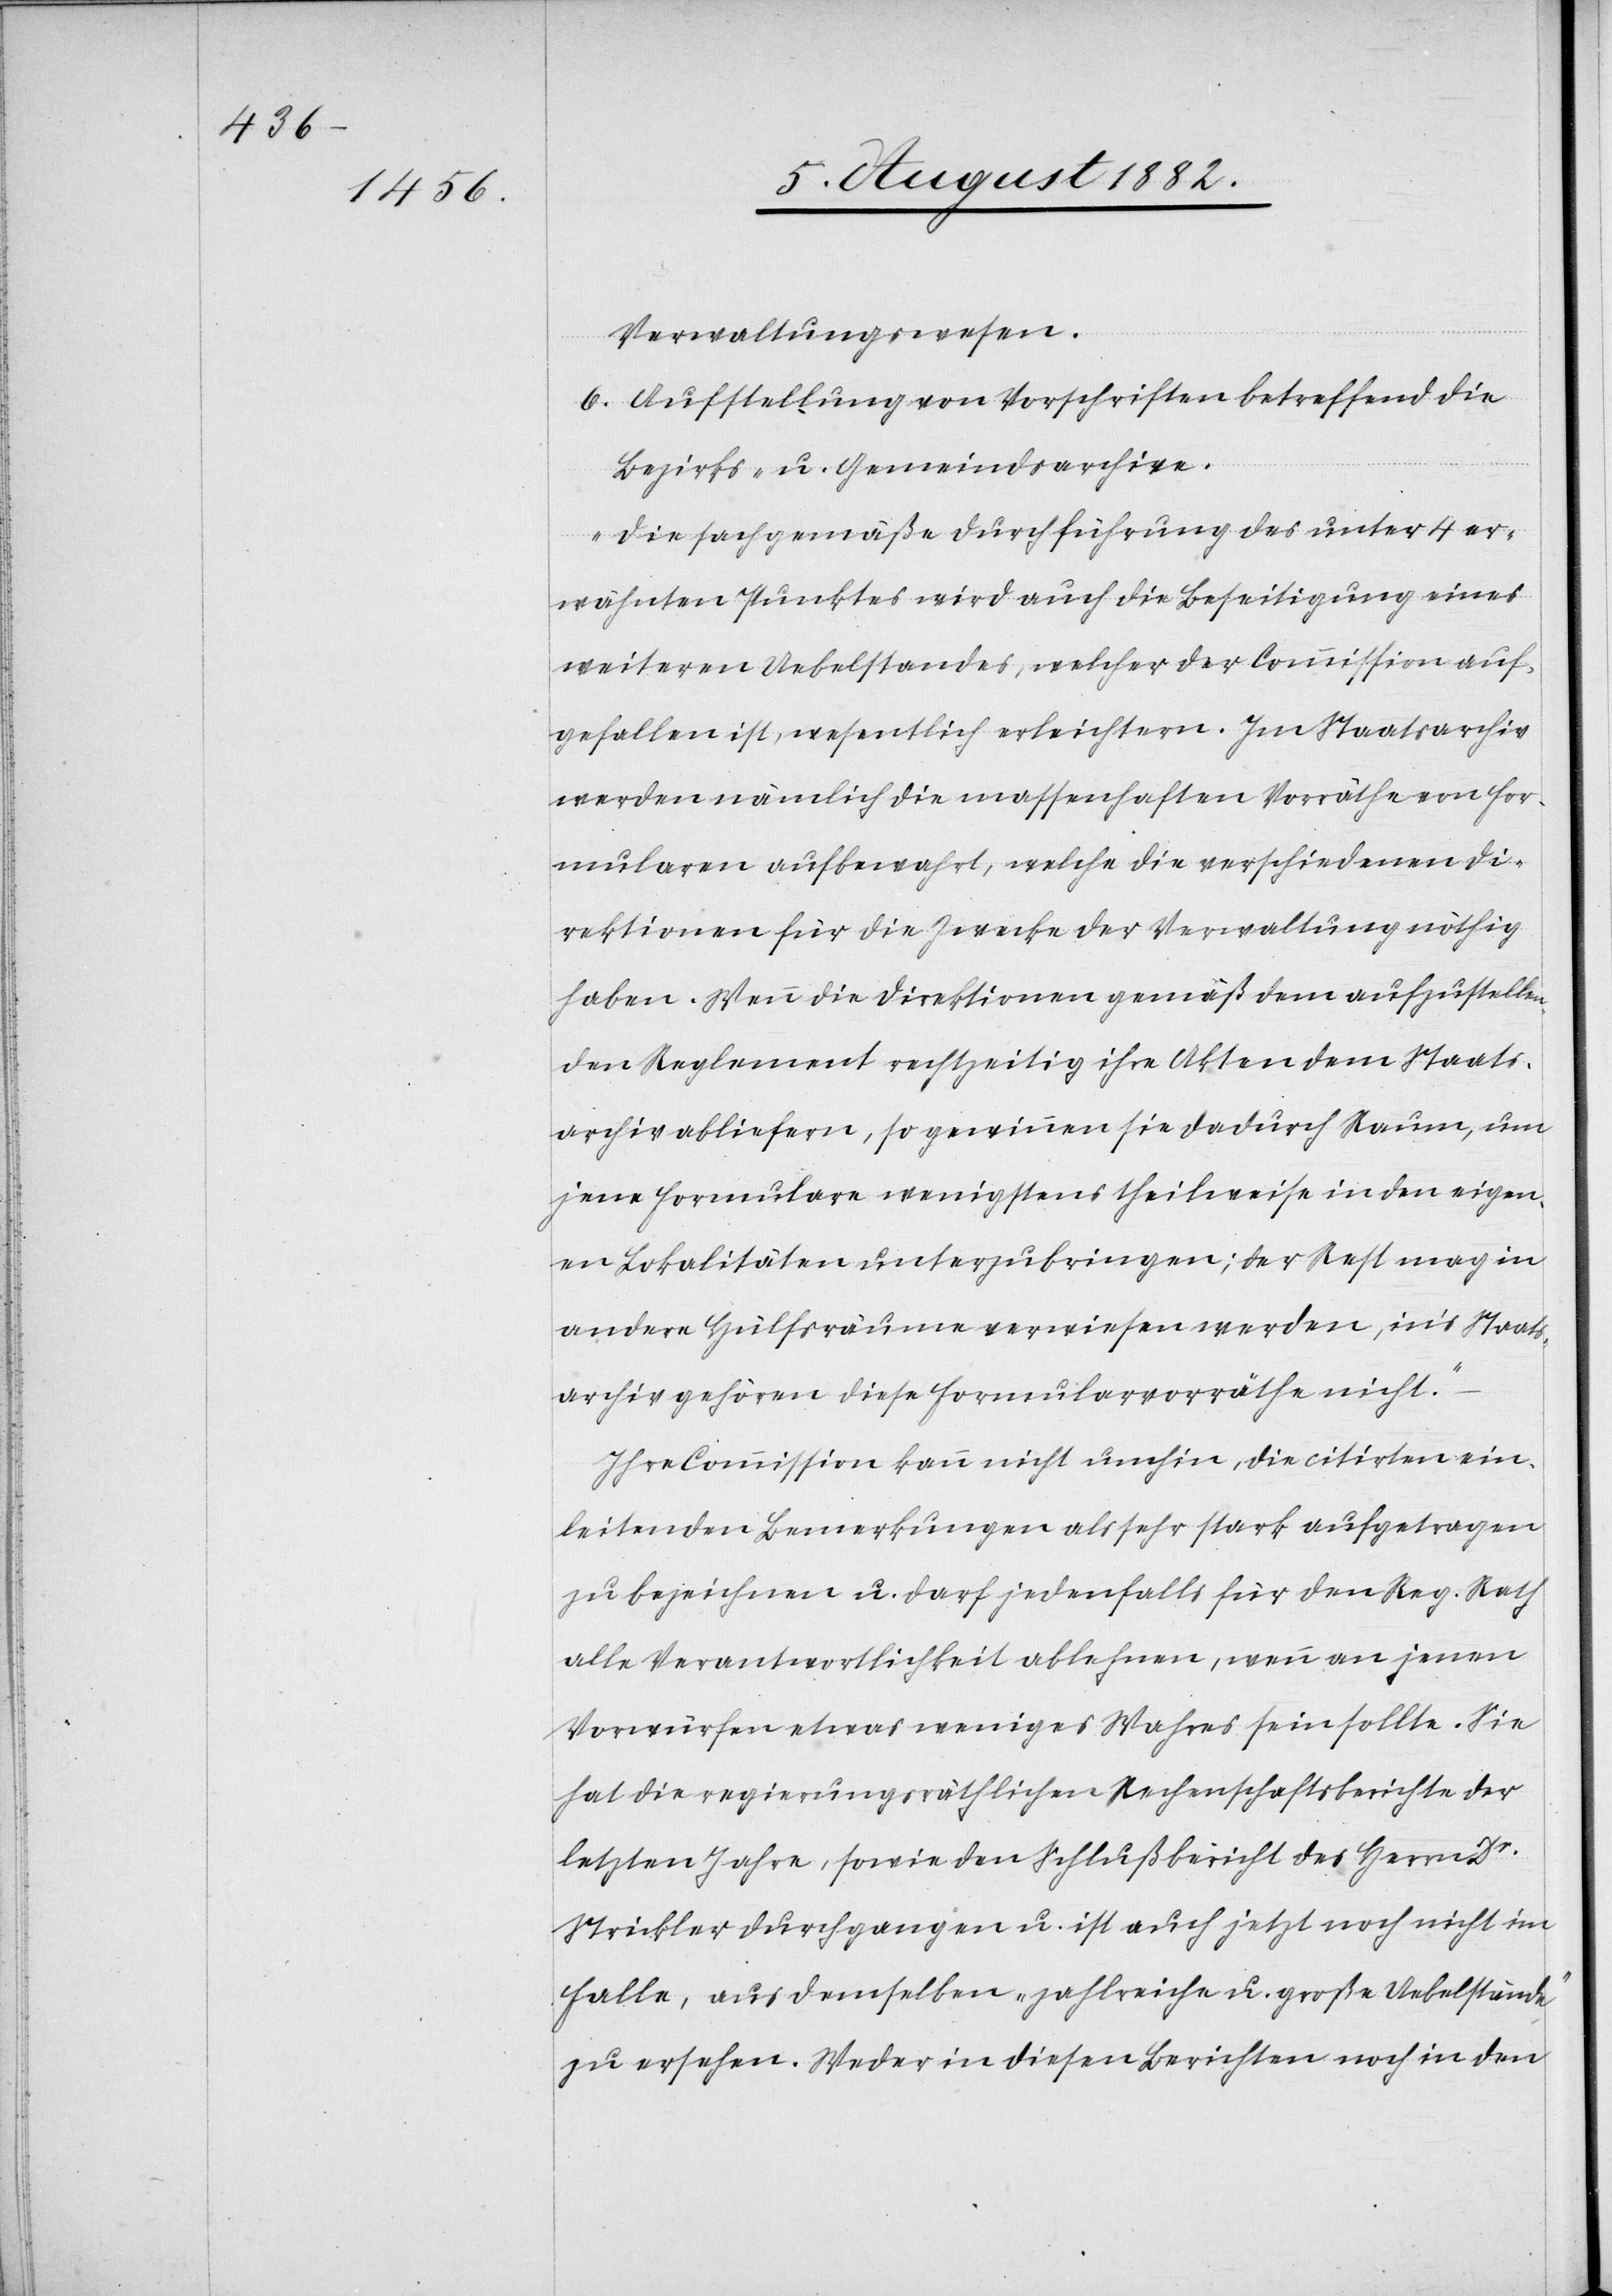
Verwaltungswesen.
6. Aufstellung von Vorschriften betreffend die
Bezirks- u. Gemeindsarchive.
„Die sachgemäße Durchführung des unter 4 er¬
wähnten Punktes wird auch die Beseitigung eines
weiteren Uebelstandes, welcher der Commission auf¬
gefallen ist, wesentlich erleichtern. Im Staatsarchiv
werden nämlich die massenhaften Vorräthe von For¬
mularen aufbewahrt, welche die verschiedenen Di¬
rektionen für die Zwecke der Verwaltung nöthig
haben. Wenn die Direktionen gemäß dem aufzustellen¬
den Reglement rechtzeitig ihre Akten dem Staats¬
archiv abliefern, so gewinnen sie dadurch Raum, um
jene Formulare wenigstens theilweise in den eigen¬
en Lokalitäten unterzubringen; der Rest mag in
andere Hülfsräume verwiesen werden, in’s Staats¬
archiv gehören diese Formularvorräthe nicht.“
Ihre Commission kann nicht umhin, die citirten ein¬
leitenden Bemerkungen als sehr stark aufgetragen
zu bezeichnen u. darf jedenfalls für den Reg. Rath
alle Verantwortlichkeit ablehnen, wenn an jenen
Vorwürfen etwas weniger Wahres sein sollte. Sie
hat die regierungsräthlichen Rechenschaftsberichte der
letzten Jahre, sowie den Schlußbericht des Herrn Dr
Strickler durchgangen u. ist auch jetzt noch nicht im
Falle, aus demselben „zahlreiche u. große Uebelstände“
zu ersehen. Weder in diesen Berichten noch in den